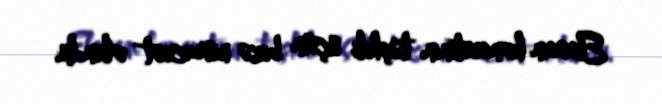
Elsəsin konsertinin təşkili üçün bizə müraciət olundu.